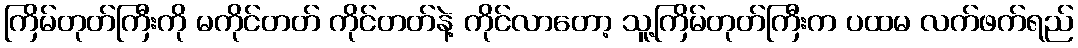
ကြိမ်တုတ်ကြီးကို မကိုင်တတ် ကိုင်တတ်နဲ့ ကိုင်လာတော့ သူ့ကြိမ်တုတ်ကြီးက ပထမ လက်ဖက်ရည်